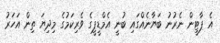
އެ ޕާޓީން ނެރުނު ބަޔާނެއްގައި ބުނީ އެމްޑީޕީގެ ވެރިކަމުގެ މިދިޔަ ތިން އަހަރު